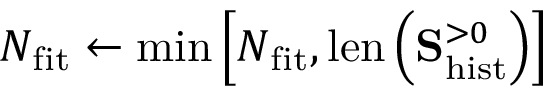
N _ { \mathrm { f i t } } \leftarrow \mathrm { m i n } \left[ N _ { \mathrm { f i t } } , \mathrm { l e n } \left( \mathbf { S } _ { \mathrm { h i s t } } ^ { > 0 } \right) \right]